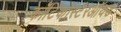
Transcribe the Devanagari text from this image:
कॉर्टिकोस्टेरऑयड